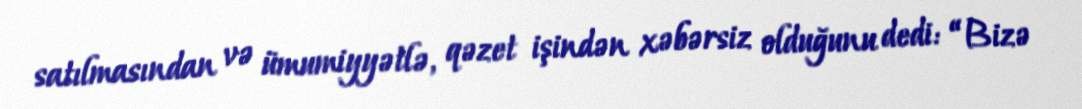
satılmasından və ümumiyyətlə, qəzet işindən xəbərsiz olduğunu dedi: “Bizə